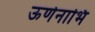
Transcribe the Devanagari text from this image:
ऊर्णनाभि